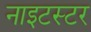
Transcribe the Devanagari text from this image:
नाइटस्टर